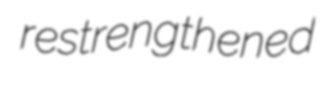
restrengthened